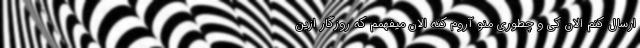
ارسال کنم الان کی و چطوری منو آروم کنه الان میفهمم که روزگار ازین